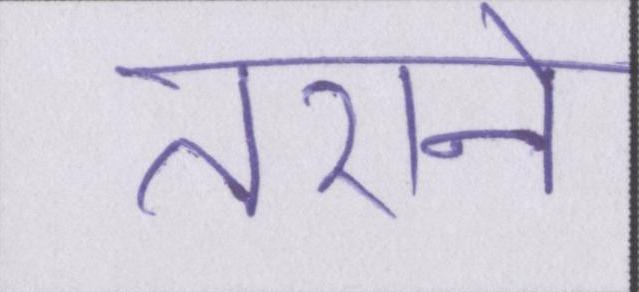
तराने